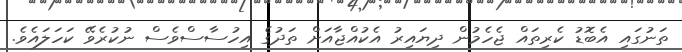
ތަނުގައި އެބޮޑު ކެރިތައް ޖެހެމުން ދިޔައިރު އެކުއްޖާއަށް ތަދުގެ އިހުސާސްވެސް ނުކުރެވޭ ކަހަލައެވެ.